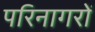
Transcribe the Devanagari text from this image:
परिनागरों